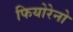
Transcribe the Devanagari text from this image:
फियोरेनो